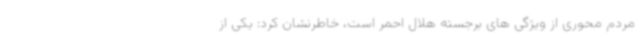
مردم محوری از ویژگی های برجسته هلال احمر است، خاطرنشان کرد: یکی از